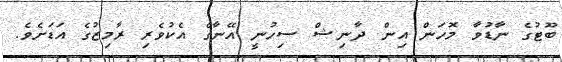
ބޫޓުގެ ނާޑުވާ މޮހަން އިން ދާނިޝް ސިހުނީ އޭނާގެ އެކުވެރި ރާމިޒުގެ އަޑަށެވެ.